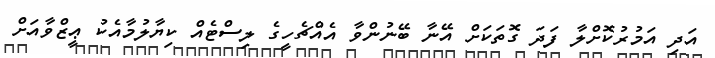
އަދި އަމުރުކޮށްލާ ފަދަ ގޮތަކަށް އޭނާ ބޭނުންވާ އެއްޗެހީގެ ލިސްޓެއް ކިޔާލުމާއެކު ޢީޒްވާއަށް